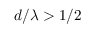
d / \lambda > 1 / 2